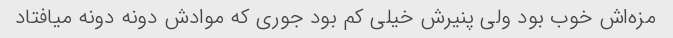
مزه‌اش خوب بود ولی پنیرش خیلی کم بود جوری که موادش دونه دونه میافتاد